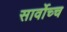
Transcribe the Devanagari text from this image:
सार्वोच्च